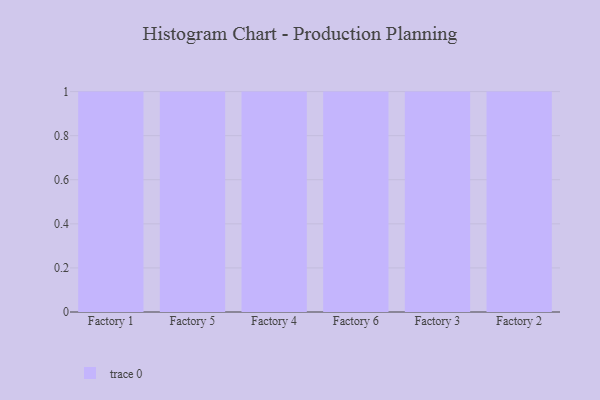
{"axis": {"x": "Factory", "y": "Customer Acquisition Cost (USD)"}, "legend": [""], "data": [{"x": "Factory 1", "y": 91, "type": ""}, {"x": "Factory 5", "y": 85, "type": ""}, {"x": "Factory 4", "y": 89, "type": ""}, {"x": "Factory 6", "y": 36, "type": ""}, {"x": "Factory 3", "y": 90, "type": ""}, {"x": "Factory 2", "y": 19, "type": ""}]}